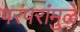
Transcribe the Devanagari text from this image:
परंपरांमुळे